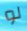
لو